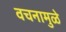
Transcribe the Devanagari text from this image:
वचनामुळे